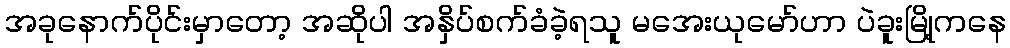
အခုနောက်ပိုင်းမှာတော့ အဆိုပါ အနှိပ်စက်ခံခဲ့ရသူ မအေးယုမော်ဟာ ပဲခူးမြို့ကနေ